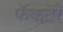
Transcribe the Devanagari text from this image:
फॅकटो